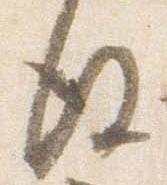
後